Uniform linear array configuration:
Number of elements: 4
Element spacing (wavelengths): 0.75
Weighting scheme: exponential
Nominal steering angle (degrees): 15
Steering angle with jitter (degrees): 16.801
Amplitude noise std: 0.05
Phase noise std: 0.05

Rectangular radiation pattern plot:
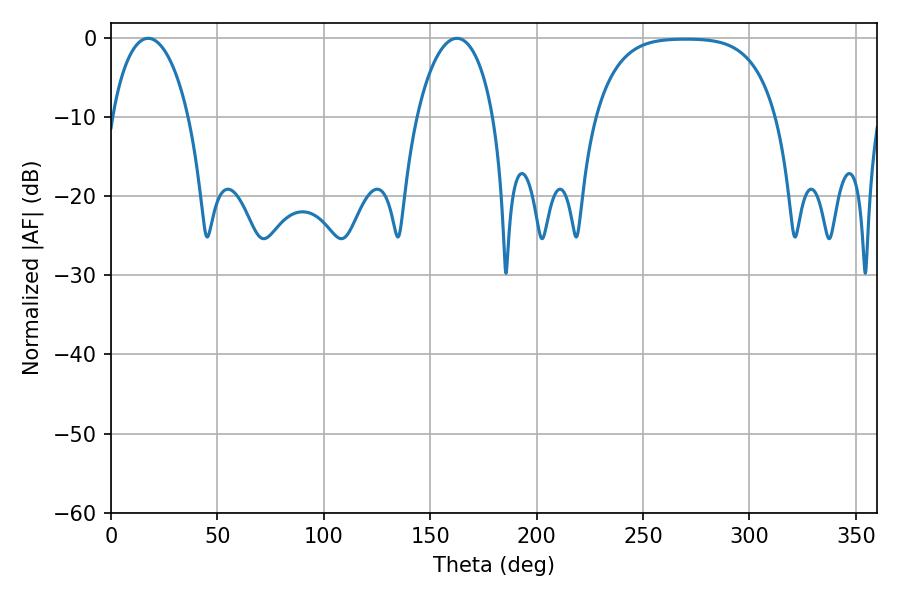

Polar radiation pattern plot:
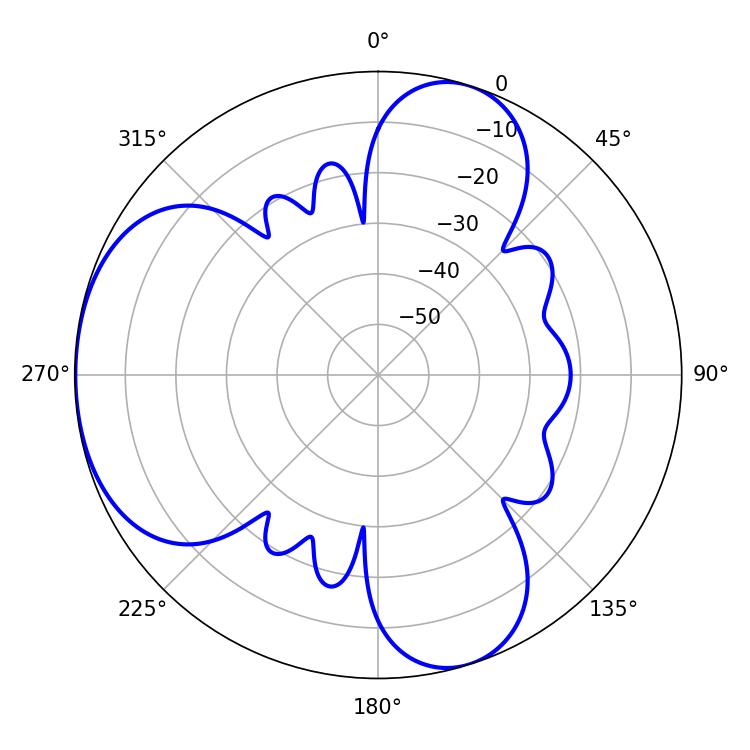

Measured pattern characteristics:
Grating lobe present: TRUE
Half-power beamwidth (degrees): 20.52
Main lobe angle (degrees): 17.46